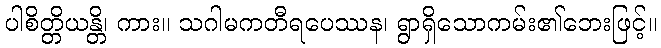
ပါစိတ္တိယန္တိ၊ ကား။ သဂါမကတီရပေဿန၊ ရွာရှိသောကမ်း၏ဘေးဖြင့်။